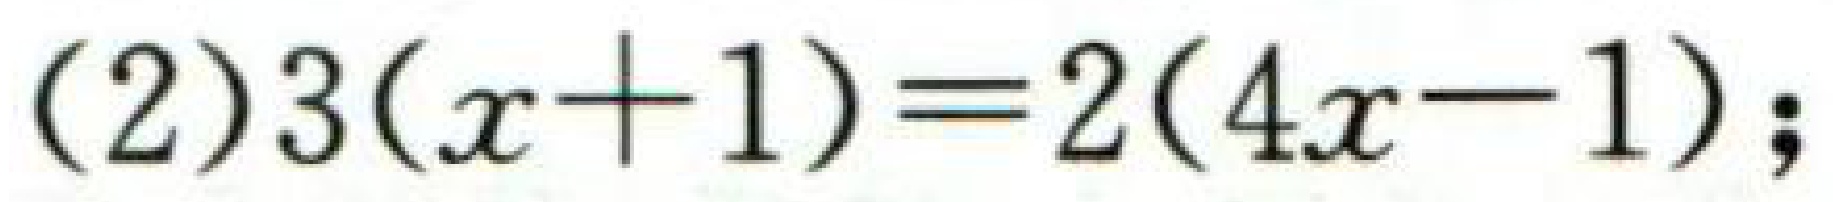
$(2)3(x + 1)=2(4x - 1);$